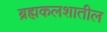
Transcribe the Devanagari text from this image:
ब्रह्मकलशातील